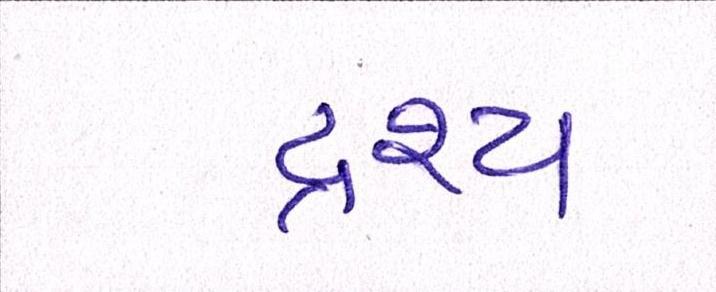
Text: દ્રશ્યઃ